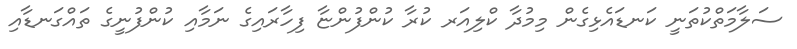
ސަލާމަތްކުތަނީ ކަނޑައެޅިގެން މިމުދާ ކްލިއަރ ކުރާ ކުންފުންޏާ ފިހާރައިގެ ނަމާއި ކުންފުނީގެ ތައްގަނޑާއި